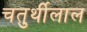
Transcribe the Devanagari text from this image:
चतुर्थीलाल